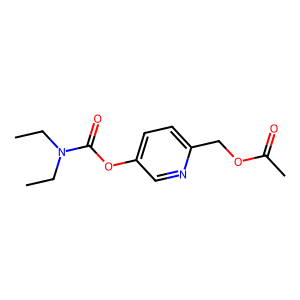
SMILES: CCN(CC)C(=O)Oc1ccc(COC(C)=O)nc1
Inhibits HIV replication: No